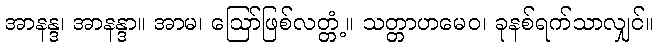
အာနန္ဒ၊ အာနန္ဒာ။ အာမ၊ ဩော်ဖြစ်လတ္တံ့။ သတ္တာဟမေဝ၊ ခုနစ်ရက်သာလျှင်။